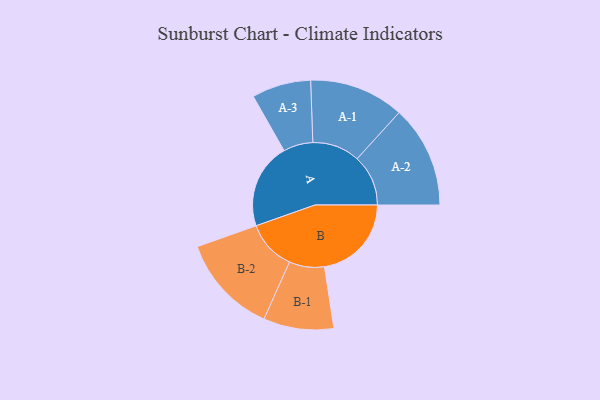
{"axis": {"x": "Segment", "y": "Value"}, "legend": ["", "A", "B"], "data": [{"x": "A", "y": 445, "type": ""}, {"x": "B", "y": 453, "type": ""}, {"x": "A-1", "y": 247, "type": "A"}, {"x": "A-2", "y": 266, "type": "A"}, {"x": "A-3", "y": 154, "type": "A"}, {"x": "B-1", "y": 183, "type": "B"}, {"x": "B-2", "y": 259, "type": "B"}]}